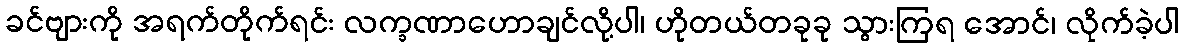
ခင်ဗျားကို အရက်တိုက်ရင်း လက္ခဏာဟောချင်လို့ပါ၊ ဟိုတယ်တခုခု သွားကြရ အောင်၊ လိုက်ခဲ့ပါ